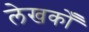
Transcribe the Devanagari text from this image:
लेखकोँ